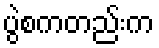
ပွဲစကတည်းက